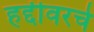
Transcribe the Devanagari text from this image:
हद्दीवरचे